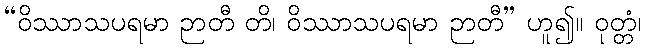
“ဝိဿာသပရမာ ဉာတီ တိ၊ ဝိဿာသပရမာ ဉာတီ” ဟူ၍။ ဝုတ္တံ၊